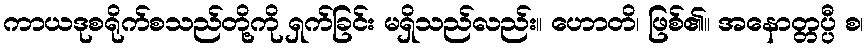
ကာယဒုစရိုက်စသည်တို့ကို ရှက်ခြင်း မရှိသည်လည်း။ ဟောတိ၊ ဖြစ်၏။ အနောတ္တပ္ပီ စ၊